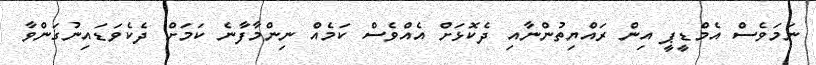
ނަމަވެސް އެމްޑީޕީ އިން ރައްޔިތުންނާއި ދެކޮޅަށް އެއްވެސް ކަމެއް ނިންމާފާނެ ކަމަށް ދެކެވަޑައިނުގަންވާ